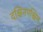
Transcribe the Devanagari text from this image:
दक्षिनपश्चिम